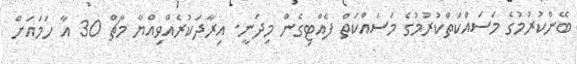
ބޭންކުރުމުގެ މަސައްކަތްކުރުމުގެ މަސައްކަތް ފެއްޓިގެން މިދަނީ. އިރާދަކުރެއްވިއްޔާ މާޗް 30 އާ ހަމައަށް